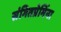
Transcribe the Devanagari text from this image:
संगितप्रेमिंना